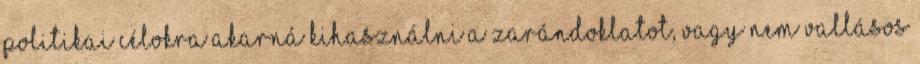
politikai célokra akarná kihasználni a zarándoklatot, vagy nem vallásos